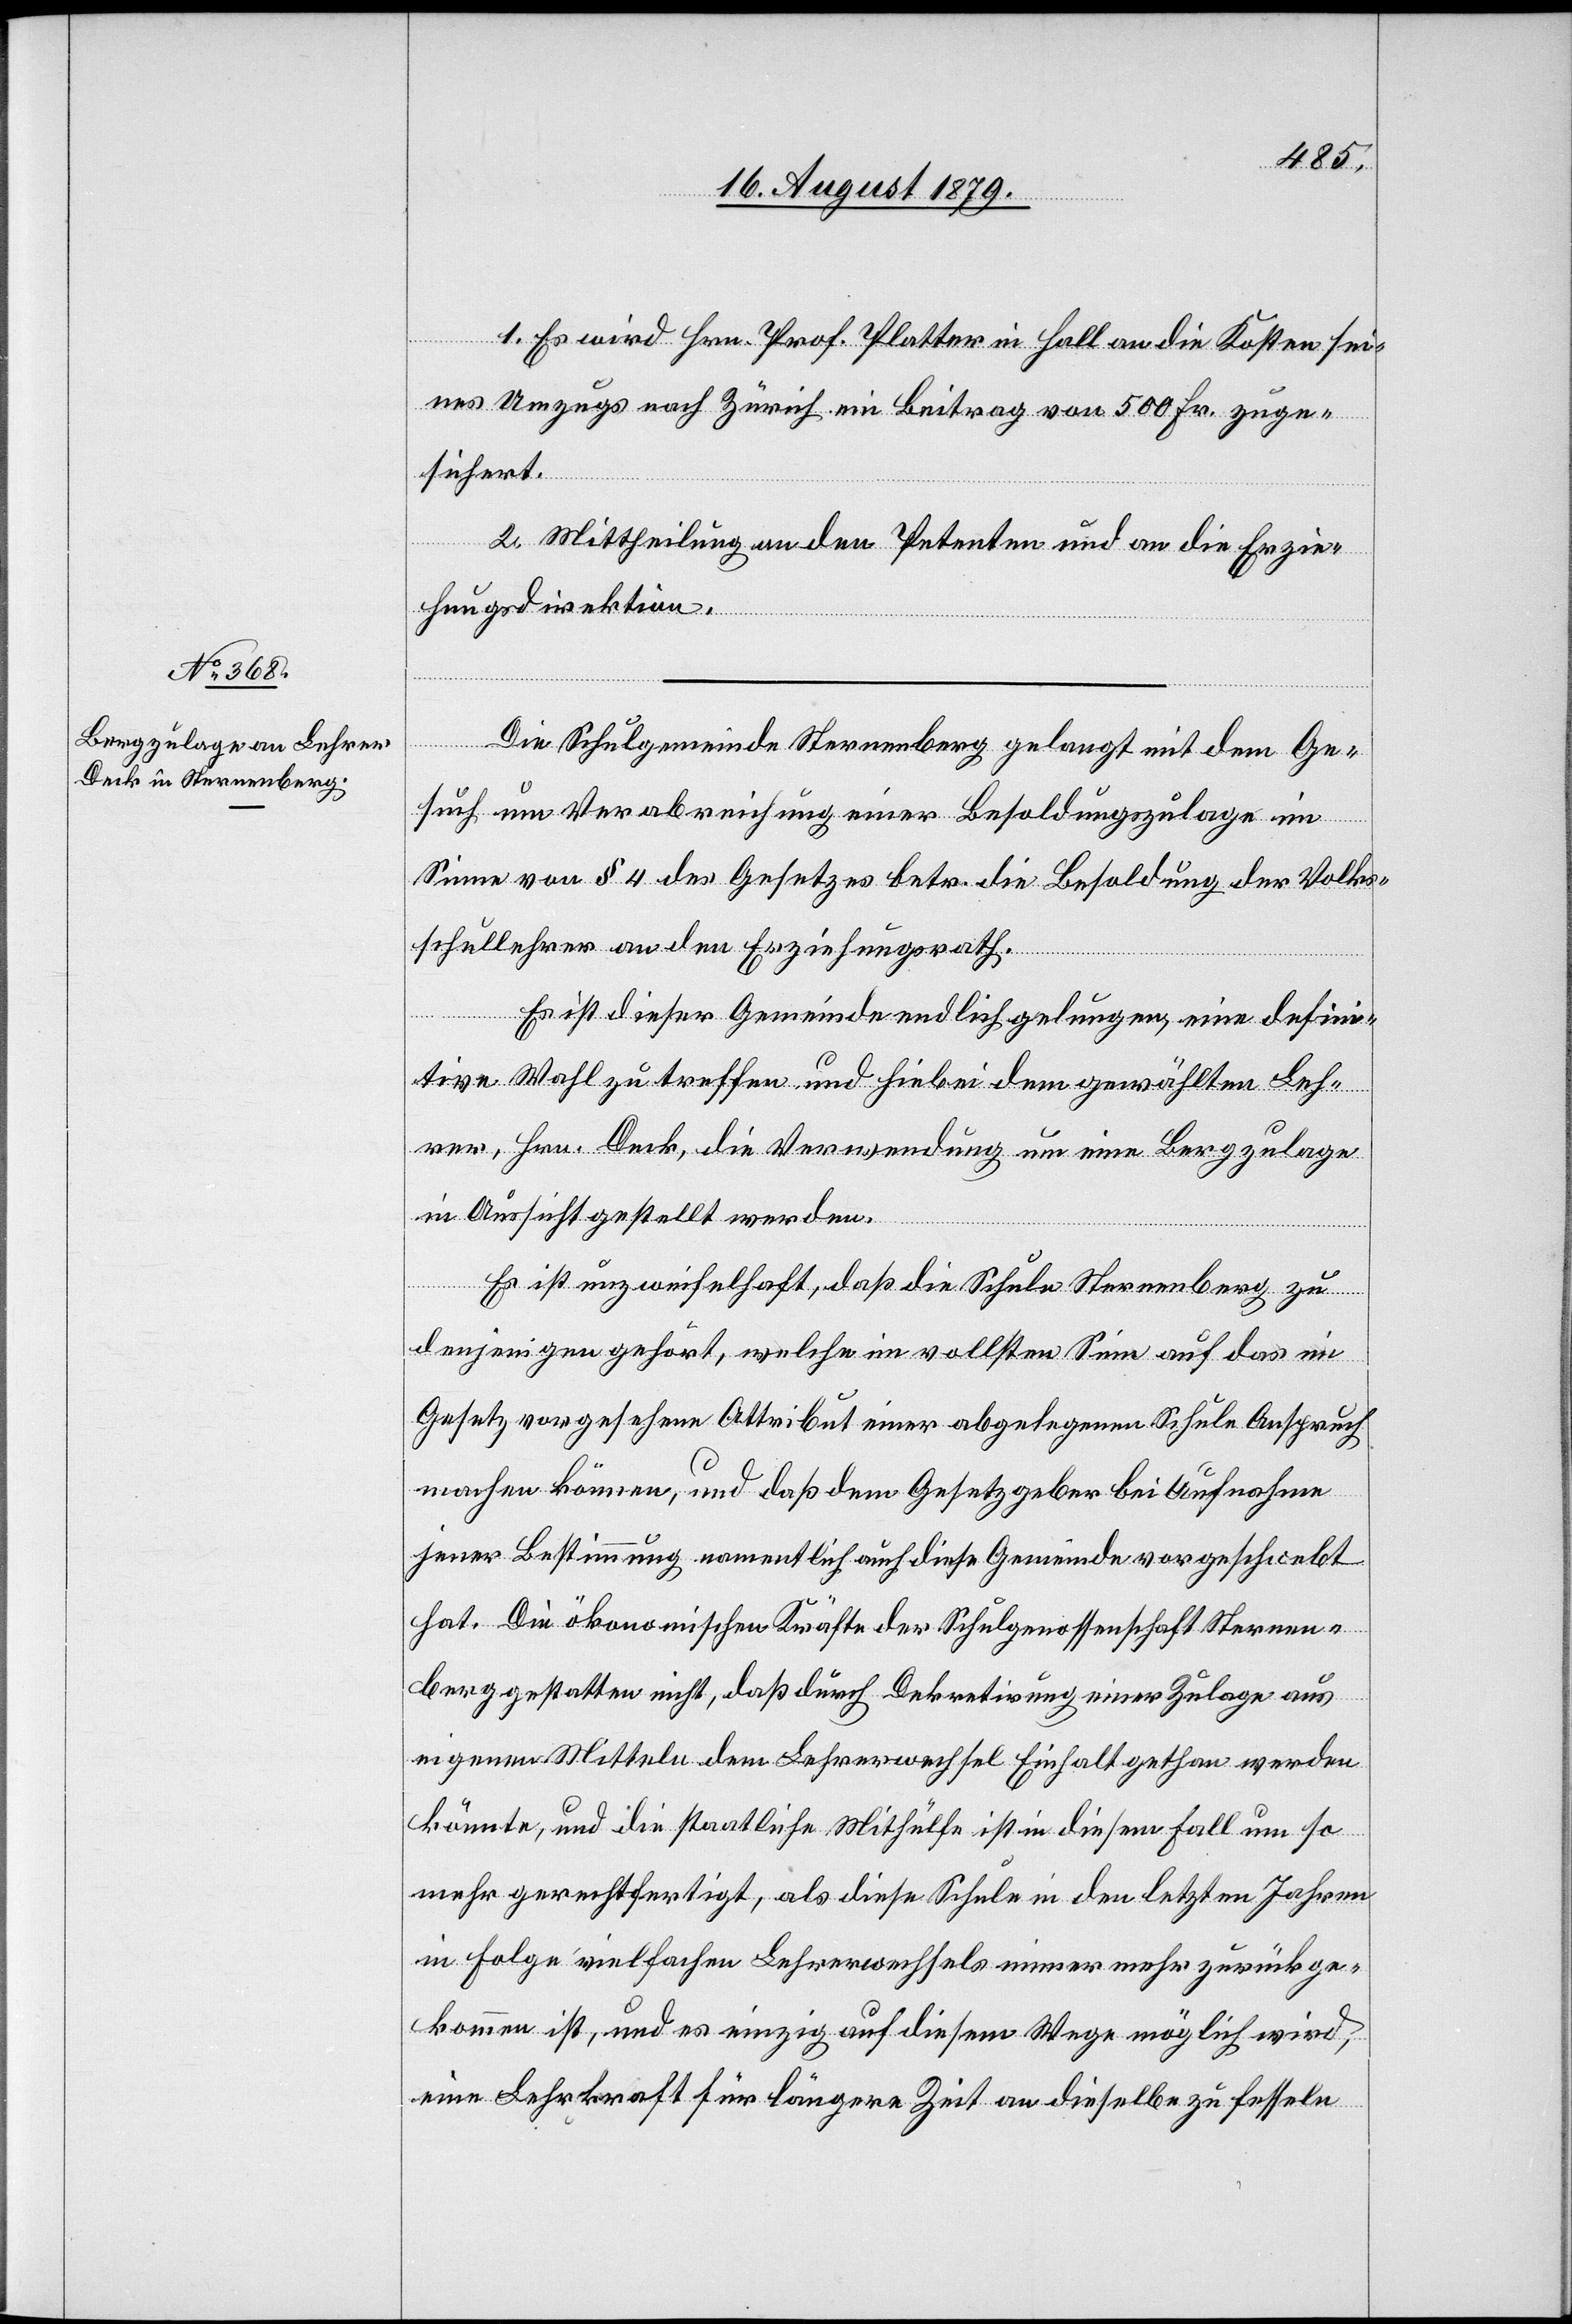
1. Es wird Hrn. Prof. Platter in Hall an die Kosten sei¬
nes Umzuges nach Zürich ein Beitrag von 500 Fr. zuge¬
sichert.
2. Mittheilung an den Petenten und an die Erzie¬
hungsdirektion.
Die Schulgemeinde Sternenberg gelangt mit dem Ge¬
such um Verabreichung einer Besoldungszulage im
Sinne von § 4 des Gesetzes betr. die Besoldung der Volks¬
schullehrer an den Erziehungsrath.
Es ist dieser Gemeinde endlich gelungen, eine defini¬
tive Wahl zu treffen und hiebei dem gewählten Leh¬
rer, Hrn. Deck, die Verwendung um eine Bergzulage
in Aussicht gestattet worden.
Es ist unzweifelhaft, daß die Schule Sternenberg zu
denjenigen gehört, welche im vollsten Sinn auf das im
Gesetz vorgesehene Attribut einer abgelegenen Schule Anspruch
machen können, und daß dem Gesetzgeber bei Aufnahme
jener Bestimmung namentlich auch diese Gemeinde vorgeschwebt
hat. Die ökonomischen Kräfte der Schulgenossenschaft Sternen¬
berg gestattet nicht, daß durch Dekretirung einer Zulage aus
eigenen Mitteln dem Lehrerwechsel Einhalt gethan werden
könnte, und die staatliche Mithülfe ist in diesem Fall um so
mehr gerechtfertigt, als diese Schule in den letzten Jahren
in Folge vielfachen Lehrerwechsels immer mehr zurückge¬
kommen ist, und es einzig auf diesem Wege möglich wird,
eine Lehrkraft für längere Zeit an dieselbe zu fesseln